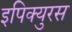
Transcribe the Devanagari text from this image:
इपिक्युरस